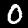
Label: 0